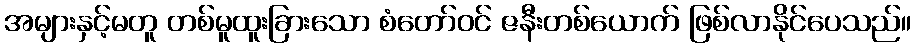
အများနှင့်မတူ တစ်မူထူးခြားသော စံတော်ဝင် ဇနီးတစ်ယောက် ဖြစ်လာနိုင်ပေသည်။